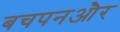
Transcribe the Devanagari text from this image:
बचपनऔर